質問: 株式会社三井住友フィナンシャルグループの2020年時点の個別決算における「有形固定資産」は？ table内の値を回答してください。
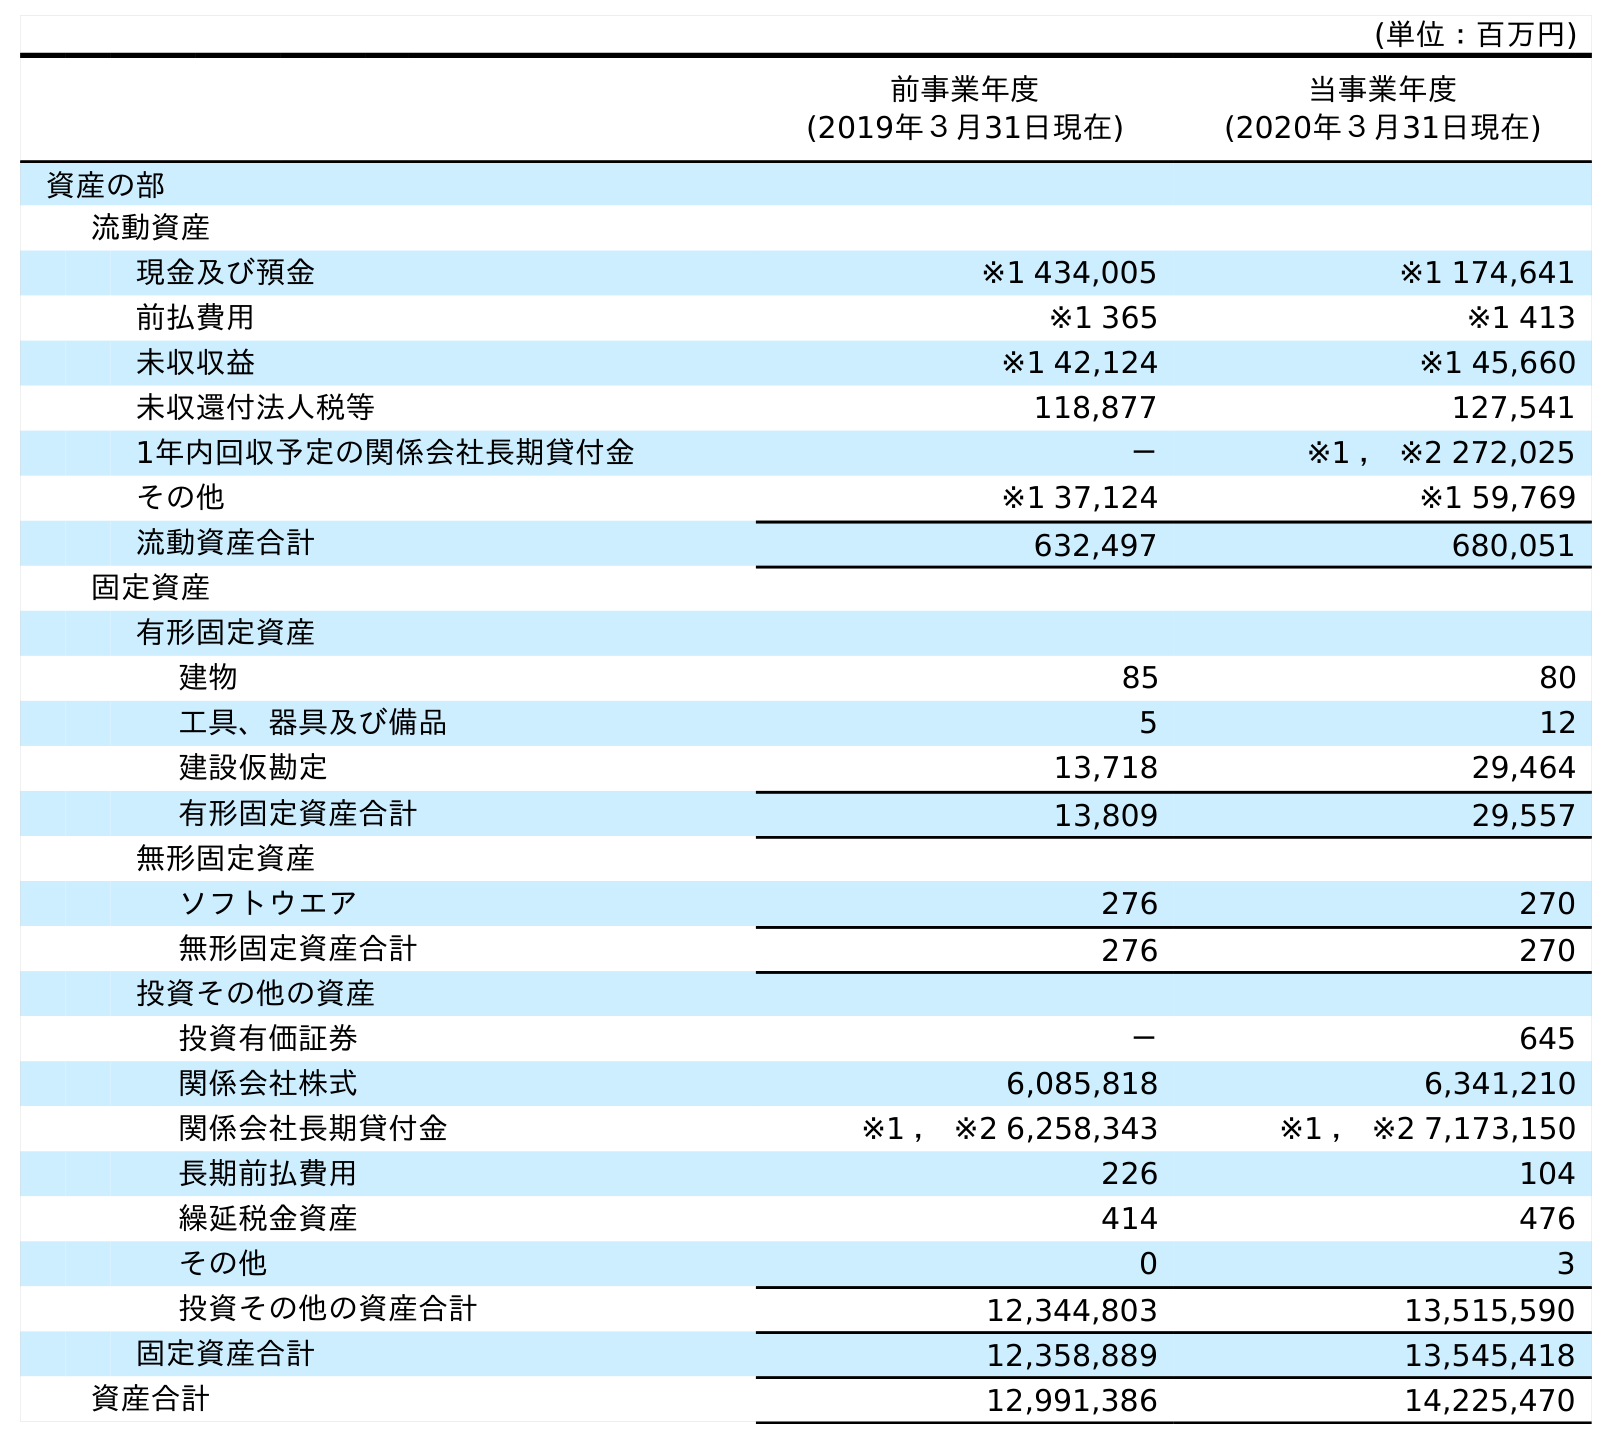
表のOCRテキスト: (単位：百万円) 前事業年度 (2019年３月31日現在) 当事業年度 (2020年３月31日現在) 資産の部 流動資産 現金及び預金 ※1 434,005 ※1 174,641 前払費用 ※1 365 ※1 413 未収収益 ※1 42,124 ※1 45,660 未収還付法人税等 118,877 127,541 1年内回収予定の関係会社長期貸付金 － ※1 ， ※2 272,025 その他 ※1 37,124 ※1 59,769 流動資産合計 632,497 680,051 固定資産 有形固定資産 建物 85 80 工具、器具及び備品 5 12 建設仮勘定 13,718 29,464 有形固定資産合計 13,809 29,557 無形固定資産 ソフトウエア 276 270 無形固定資産合計 276 270 投資その他の資産 投資有価証券 － 645 関係会社株式 6,085,818 6,341,210 関係会社長期貸付金 ※1 ， ※2 6,258,343 ※1 ， ※2 7,173,150 長期前払費用 226 104 繰延税金資産 414 476 その他 0 3 投資その他の資産合計 12,344,803 13,515,590 固定資産合計 12,358,889 13,545,418 資産合計 12,991,386 14,225,470
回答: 29,557